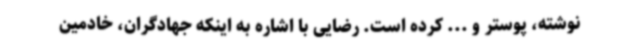
نوشته، پوستر و ... کرده است. رضایی با اشاره به اینکه جهادگران، خادمین